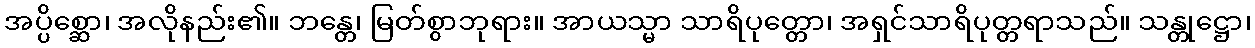
အပ္ပိစ္ဆော၊ အလိုနည်း၏။ ဘန္တေ၊ မြတ်စွာဘုရား။ အာယသ္မာ သာရိပုတ္တော၊ အရှင်သာရိပုတ္တရာသည်။ သန္တုဋ္ဌော၊